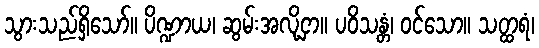
သွားသည်ရှိသော်။ ပိဏ္ဍာယ၊ ဆွမ်းအလို့ငှာ။ ပဝိသန္တံ၊ ဝင်သော။ သတ္ထရံ၊